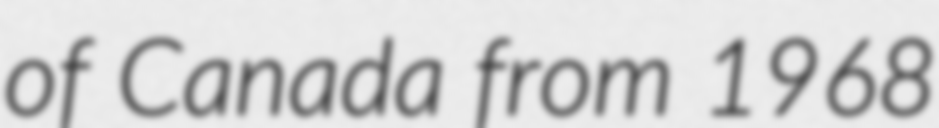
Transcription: of Canada from 1968